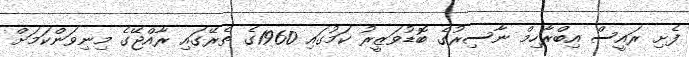
ފެށި ރައީސް އިބްރާހިމް ނާސިރުގެ ބޮޑުވަޒީރު ކަމުގައި 1960ގެ ތެރޭގައި ރާއްޖޭގެ މިނިވަންކަމަށް